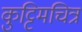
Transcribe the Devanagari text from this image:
कुट्टिमचित्र